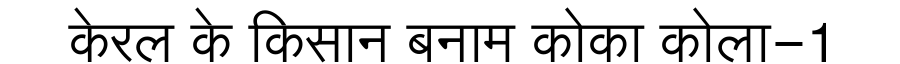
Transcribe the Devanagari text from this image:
केरल के किसान बनाम कोका कोला-1